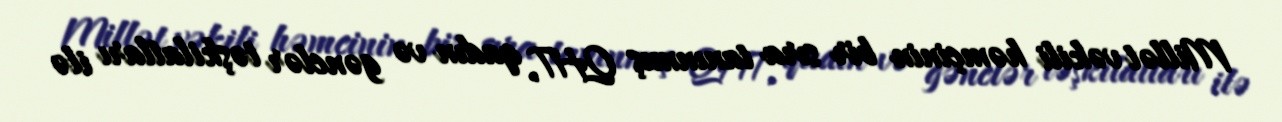
Millət vəkili həmçinin bir sıra tanınmış QHT, qadın və gənclər təşkilatları ilə